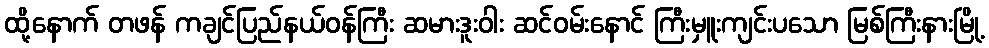
ထို့နောက် တဖန် ကချင်ပြည်နယ်ဝန်ကြီး ဆမားဒူးဝါး ဆင်ဝမ်းနောင် ကြီးမှူးကျင်းပသော မြစ်ကြီးနားမြို့